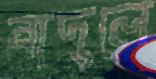
বাদুলে